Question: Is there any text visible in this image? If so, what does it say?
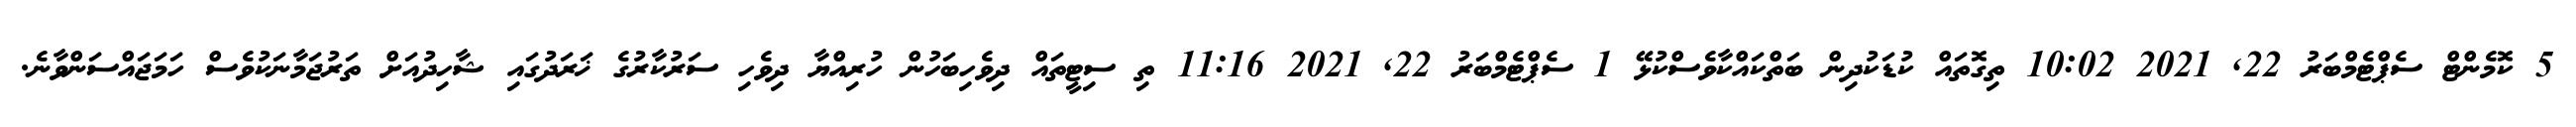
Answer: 5 ކޮމެންޓް ސެޕްޓެމްބަރު 22, 2021 10:02 ތިގޮތައް ކުޑަކުދިން ބަތްކައްކާވެސްކުޅޭ 1 ސެޕްޓެމްބަރު 22, 2021 11:16 ތި ސިޓީތައް ދިވެހިބަހުން ހުރިއްޔާ ދިވެހި ސަރުކާރުގެ ޚަރަދުގައި ޝާހިދުއަށް ތަރުޖަމާނަކުވެސް ހަމަޖައްސަންވާނެ.